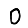
Digit: 0